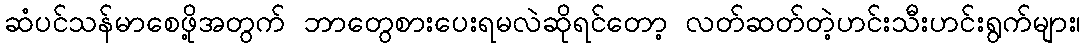
ဆံပင်သန်မာစေဖို့အတွက် ဘာတွေစားပေးရမလဲဆိုရင်တော့ လတ်ဆတ်တဲ့ဟင်းသီးဟင်းရွက်များ၊